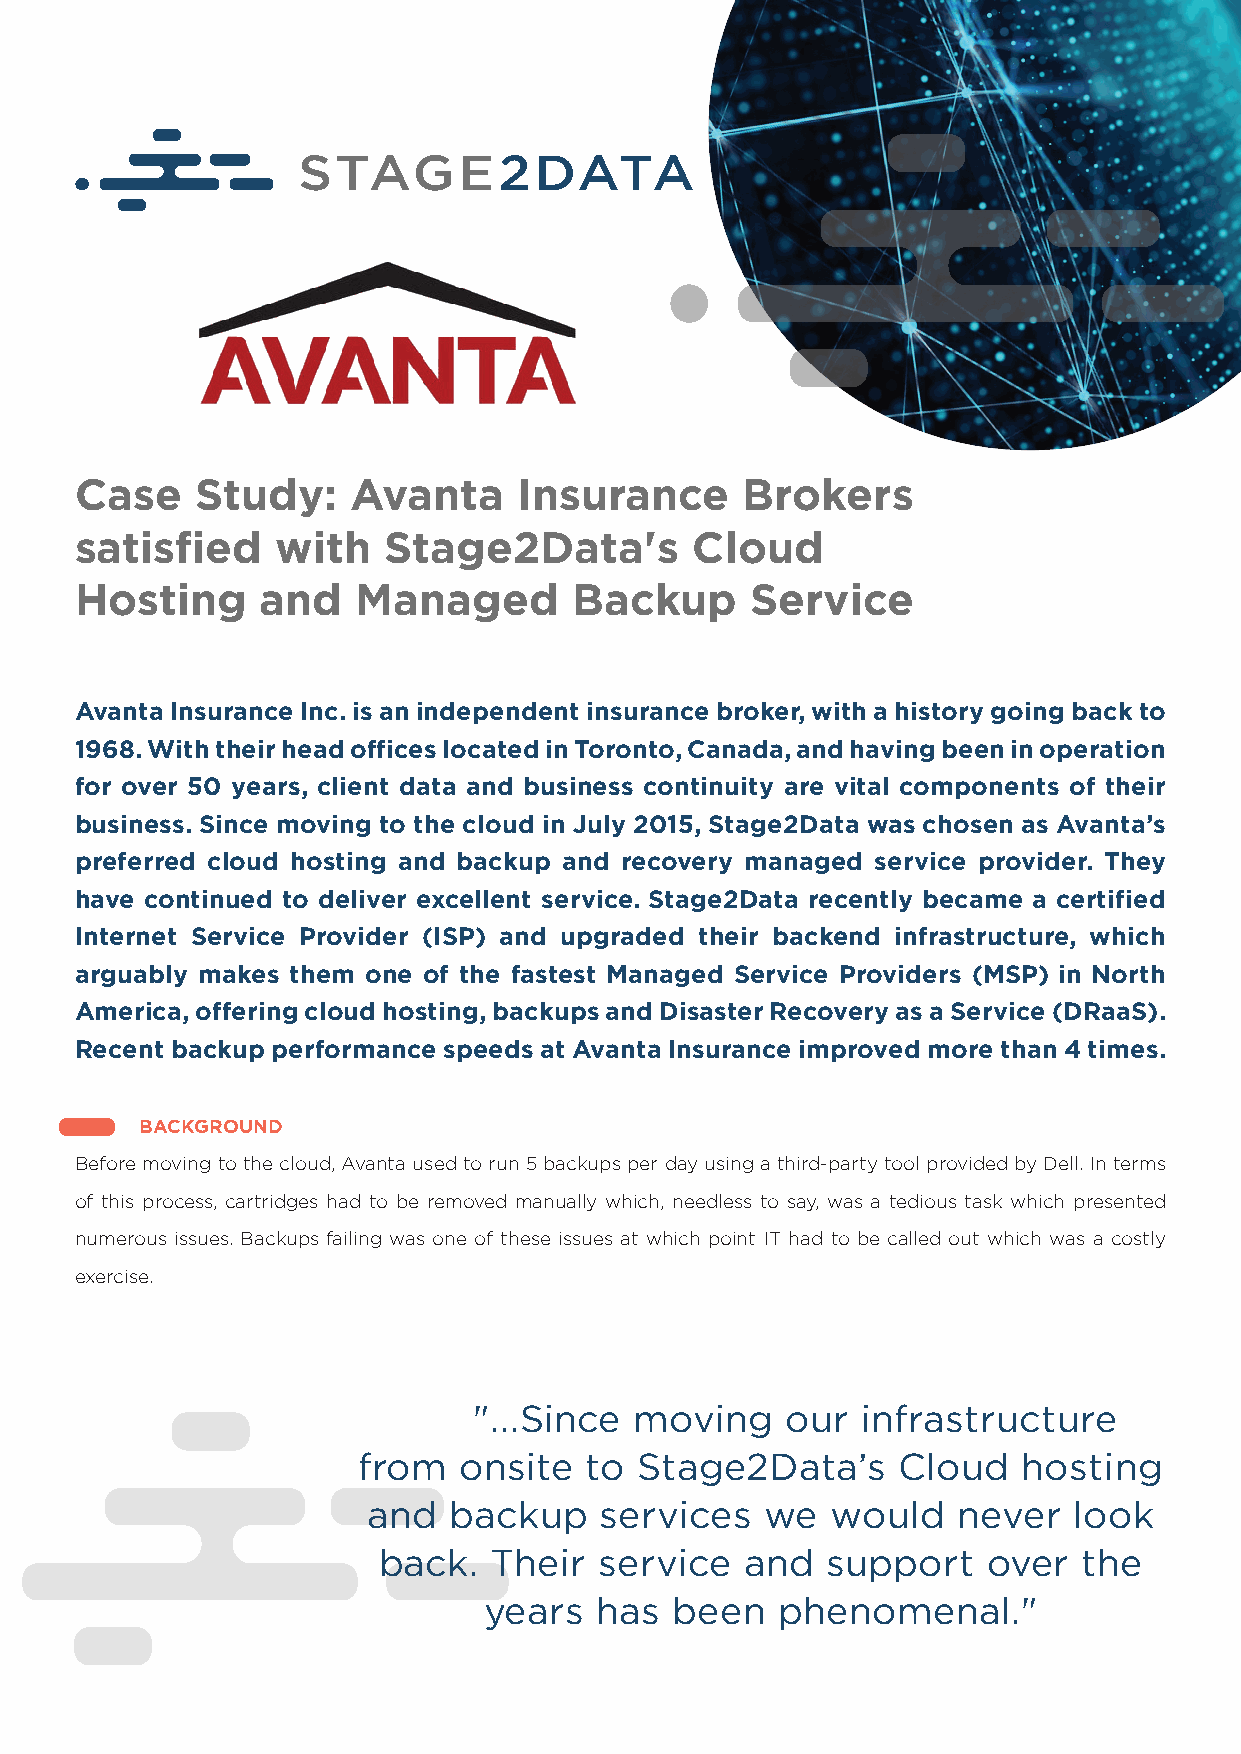
Case    Study:    Avanta     Insurance      Brokers
 satisfied    with   Stage2Data's         Cloud
 Hosting     and    Managed       Backup      Service
 Avanta Insurance Inc. is an independent insurance broker, with a history going back to
 1968. With their head offices located in Toronto, Canada, and having been in operation
 for over 50 years, client data and business continuity are vital components of their
 business. Since moving to the cloud in July 2015, Stage2Data was chosen as Avanta’s
 preferred cloud hosting and backup and recovery managed service provider. They
 have continued to deliver excellent service. Stage2Data recently became a certified
 Internet Service Provider (ISP) and upgraded their backend infrastructure, which
 arguably makes them one of the fastest Managed Service Providers (MSP) in North
 America, offering cloud hosting, backups and Disaster Recovery as a Service (DRaaS).
 Recent backup performance speeds at Avanta Insurance improved more than 4 times.
 BACKGROUND
 Before moving to the cloud, Avanta used to run 5 backups per day using a third-party tool provided by Dell. In terms
 of this process, cartridges had to be removed manually which, needless to say, was a tedious task which presented
 numerous issues. Backups failing was one of these issues at which point IT had to be called out which was a costly
 exercise.
 "...Since  moving    our  infrastructure
 from  onsite   to Stage2Data’s     Cloud    hosting
 and   backup    services   we  would   never   look
 back.  Their   service  and   support   over   the
 years  has  been   phenomenal."